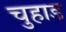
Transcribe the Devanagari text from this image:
चुहाड